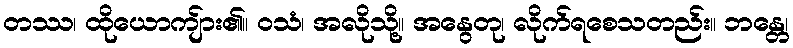
တဿ၊ ထိုယောကျ်ား၏။ ဝသံ၊ အလိုသို့။ အနွေတု၊ လိုက်ရစေသတည်း။ ဘန္တေ၊